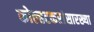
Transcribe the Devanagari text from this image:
कोल्हटकरांसारख्या